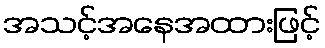
အသင့်အနေအထားဖြင့်